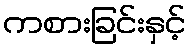
ကစားခြင်းနှင့်